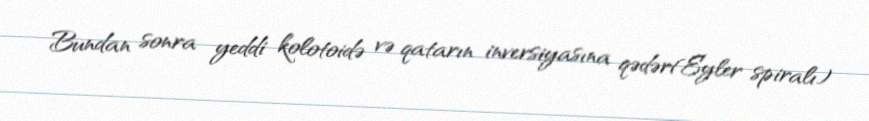
Bundan sonra yeddi kolotoidə və qatarın inversiyasına qədər(Eyler spiralı)